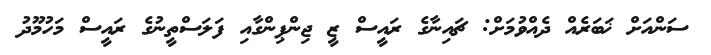
ސަންއަށް ޚަބަރެއް ދެއްވުމަށް: ޗައިނާގެ ރައީސް ޒީ ޖިންޕިންގާއި ފަލަސްތީނުގެ ރައީސް މަހުމޫދު